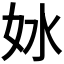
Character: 𫰖